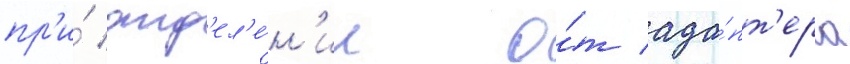
пр'и́ отд'ел'е́н'ии о́т ада́пт'ера